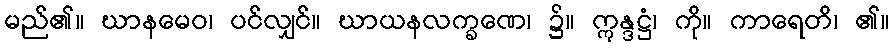
မည်၏။ ဃာနမေဝ၊ ပင်လျှင်။ ဃာယနလက္ခဏေ၊ ၌။ ဣန္ဒဋ္ဌံ၊ ကို။ ကာရေတိ၊ ၏။